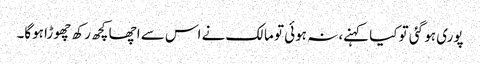
پوری ہو گئی تو کیا کہنے، نہ ہوئی تو مالک نے اس سے اچھا کچھ رکھ چھوڑا ہوگا۔